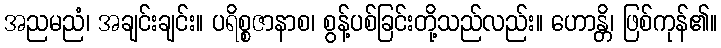
အညမညံ၊ အချင်းချင်း။ ပရိစ္စဇာနာစ၊ စွန့်ပစ်ခြင်းတို့သည်လည်း။ ဟောန္တိ၊ ဖြစ်ကုန်၏။